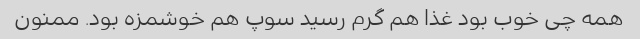
همه چی خوب بود غذا هم گرم رسید سوپ هم خوشمزه بود. ممنون